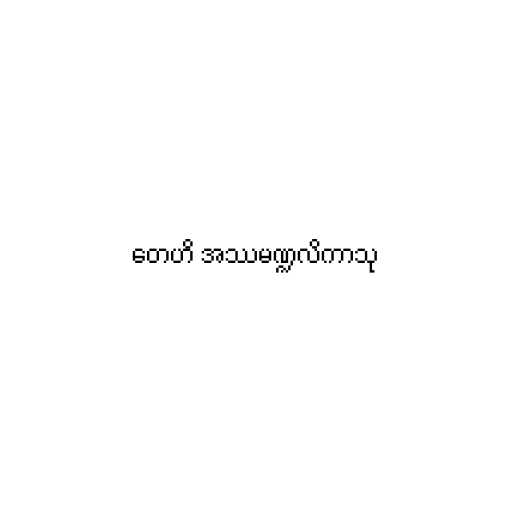
တေဟိ အဿမဏ္ဍလိကာသု